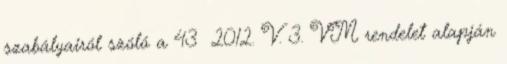
szabályairól szóló a 43 2012. V. 3. VM rendelet alapján